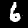
Digit: 6